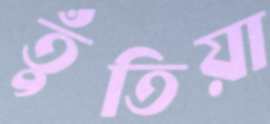
তুঁতিয়া